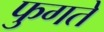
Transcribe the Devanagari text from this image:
फुगते